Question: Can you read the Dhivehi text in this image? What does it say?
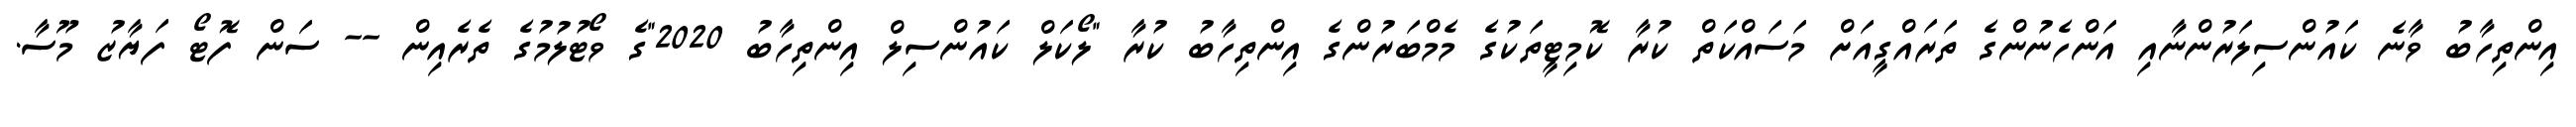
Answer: އިންތިހާބު ވާނެ ކައުންސިލަރުންނާއި އަންހެނުންގެ ތަރައްގީއަށް މަސައްކަތް ކުރާ ކޮމިޓީތަކުގެ މެމްބަރުންގެ އިންތިހާބު ކުރާ "ލޯކަލް ކައުންސިލް އިންތިހާބު 2020"ގެ ވޯޓުލުމުގެ ތެރެއިން -- ސަން ފޮޓޯ ފަޔާޒު މޫސާ.